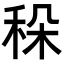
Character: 𥞛